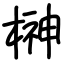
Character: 榊